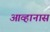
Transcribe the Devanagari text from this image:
आव्हानास